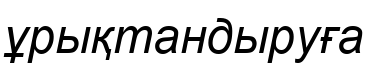
ұрықтандыруға